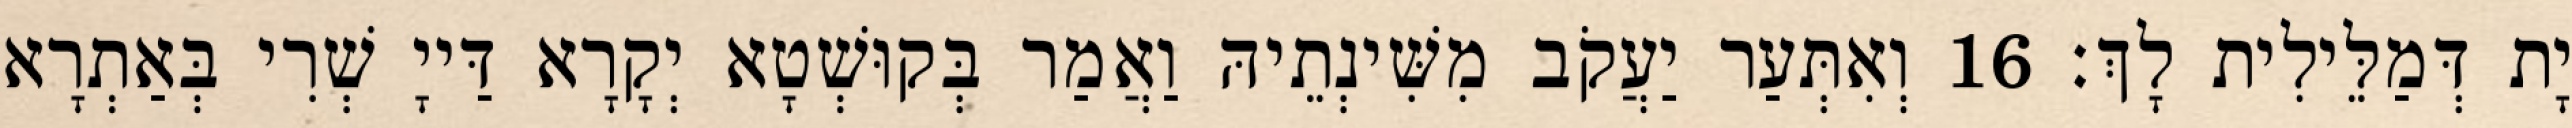
יָת דְּמַלֵּילִית לָךְ׃ 16 וְאִתְּעַר יַעֲקֹב מִשִּׁינְתֵיהּ וַאֲמַר בְּקוּשְׁטָא יְקָרָא דַּייָ שְׁרִי בְּאַתְרָא